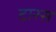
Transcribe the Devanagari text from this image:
टारस